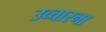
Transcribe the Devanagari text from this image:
उच्चारना